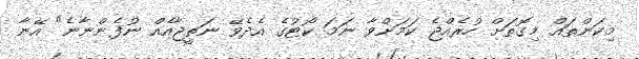
މިކަންތައް މިގޮތަށް ހުރެއްޖެ ކަމަށްވާ ނަމަ ކޯޓުގެ އެދެވޭ ނަތީޖާއެއް ނުފެންނާނެ" އޭނާ